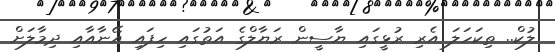
ލުކް.. ތިކަހަލަ އެރި ރުޅީގައި ޔާސީން ރަޔާލްގެ އަތުގައި ހިފައި އޭނާއާއި ދިމާލަށް